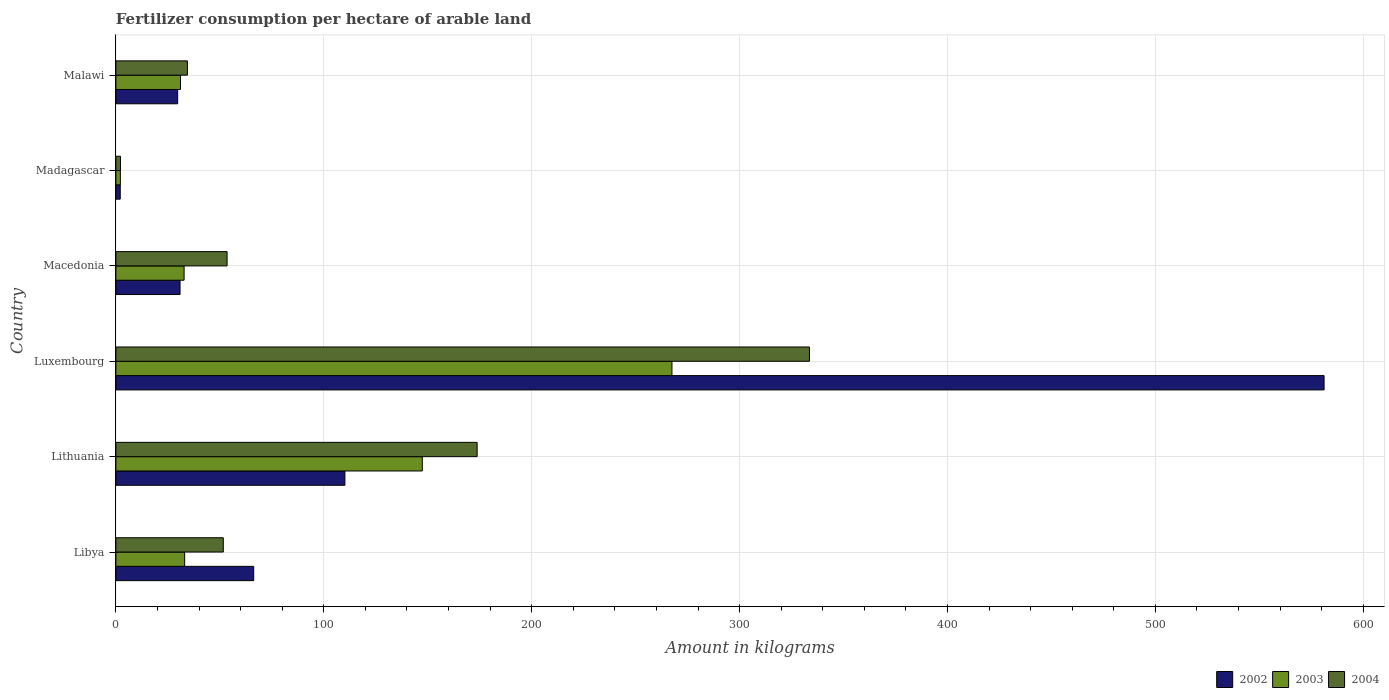
| Country | 2002 | 2003 | 2004 |
 | --- | --- | --- | --- |
 | Libya | 66.3 | 33.1 | 51.7 |
 | Lithuania | 110 | 147 | 174 |
 | Luxembourg | 581 | 267 | 334 |
 | Macedonia | 30.9 | 32.8 | 53.5 |
 | Madagascar | 2.09 | 2.15 | 2.2 |
 | Malawi | 29.7 | 31.1 | 34.4 |